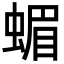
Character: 蝞